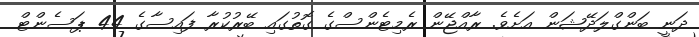
ދަނީ ބަންގްލަދޭޝަން އަށެވެ. ރާއްޖޭން ރެމިޓެންސްގެ ގޮތުގައި ބޭރުކުރާ ފައިސާގެ 44 ޕަސެންޓް